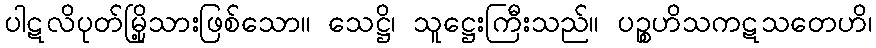
ပါဋလိပုတ်မြို့သားဖြစ်သော။ သေဋ္ဌိ၊ သူဋ္ဌေးကြီးသည်။ ပဉ္စဟိသကဋသတေဟိ၊